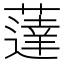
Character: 薘